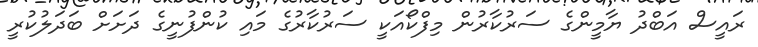
ރައީސް އަބްދު ޔާމީންގެ ސަރުކާރުން މިފްކޯއަކީ ސަރުކާރުގެ މައި ކުންފުނީގެ ދަށަށް ބަދަލުކުރީ